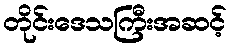
တိုင်းဒေသကြီးအဆင့်